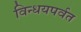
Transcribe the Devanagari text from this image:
विन्धयपर्वत